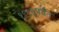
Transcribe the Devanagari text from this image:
१९९६पर्यंत